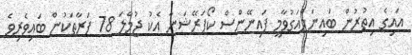
އައިގެ އިތުރުން ބައިނަލްއަގުވާމީ ފައިނޭންސް ކޯޕަރޭޝަނާ އެކު ޖުމްލަ 78 ފަރާތަކުން ބައިވެރިވެ